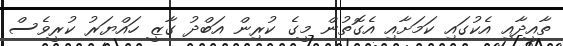
ތާއީދާއި އެކުގައި ކަމަށާއި އެގޮތުން މީގެ ކުރިން އަބްދު ގާޒީ ހައްޔަރު ކުރީވެސް